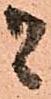
者